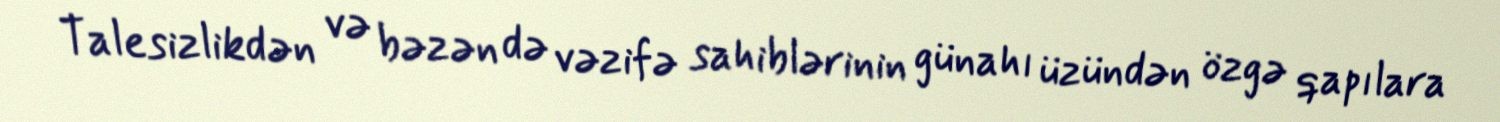
Talesizlikdən və bəzən də vəzifə sahiblərinin günahı üzündən özgə qapılara